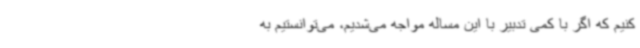
کنیم که اگر با کمی تدبیر با این مساله مواجه می‌شدیم، می‌توانستیم به